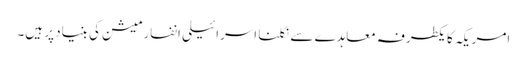
امریکہ کا یکطرفہ معاہدے سے نکلنا اسرائیلی انفارمیشن کی بنیاد پر ہیں۔